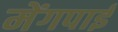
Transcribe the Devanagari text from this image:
मेंगपाई